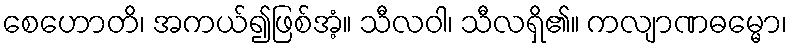
စေဟောတိ၊ အကယ်၍ဖြစ်အံ့။ သီလဝါ၊ သီလရှိ၏။ ကလျာဏဓမ္မော၊